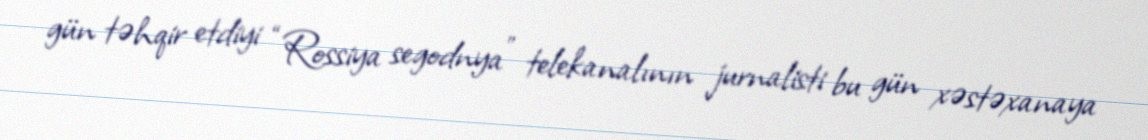
gün təhqir etdiyi “Rossiya segodnya” telekanalının jurnalisti bu gün xəstəxanaya